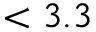
< 3 . 3